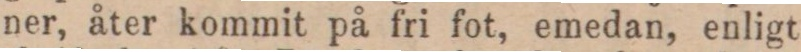
ner, åter kommit på fri fot, emedan, enligt